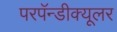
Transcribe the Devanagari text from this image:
परपॅन्डीक्यूलर